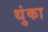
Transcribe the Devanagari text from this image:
थुंका